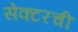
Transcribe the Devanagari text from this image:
सेक्टरची